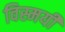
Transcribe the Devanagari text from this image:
विस्मयी